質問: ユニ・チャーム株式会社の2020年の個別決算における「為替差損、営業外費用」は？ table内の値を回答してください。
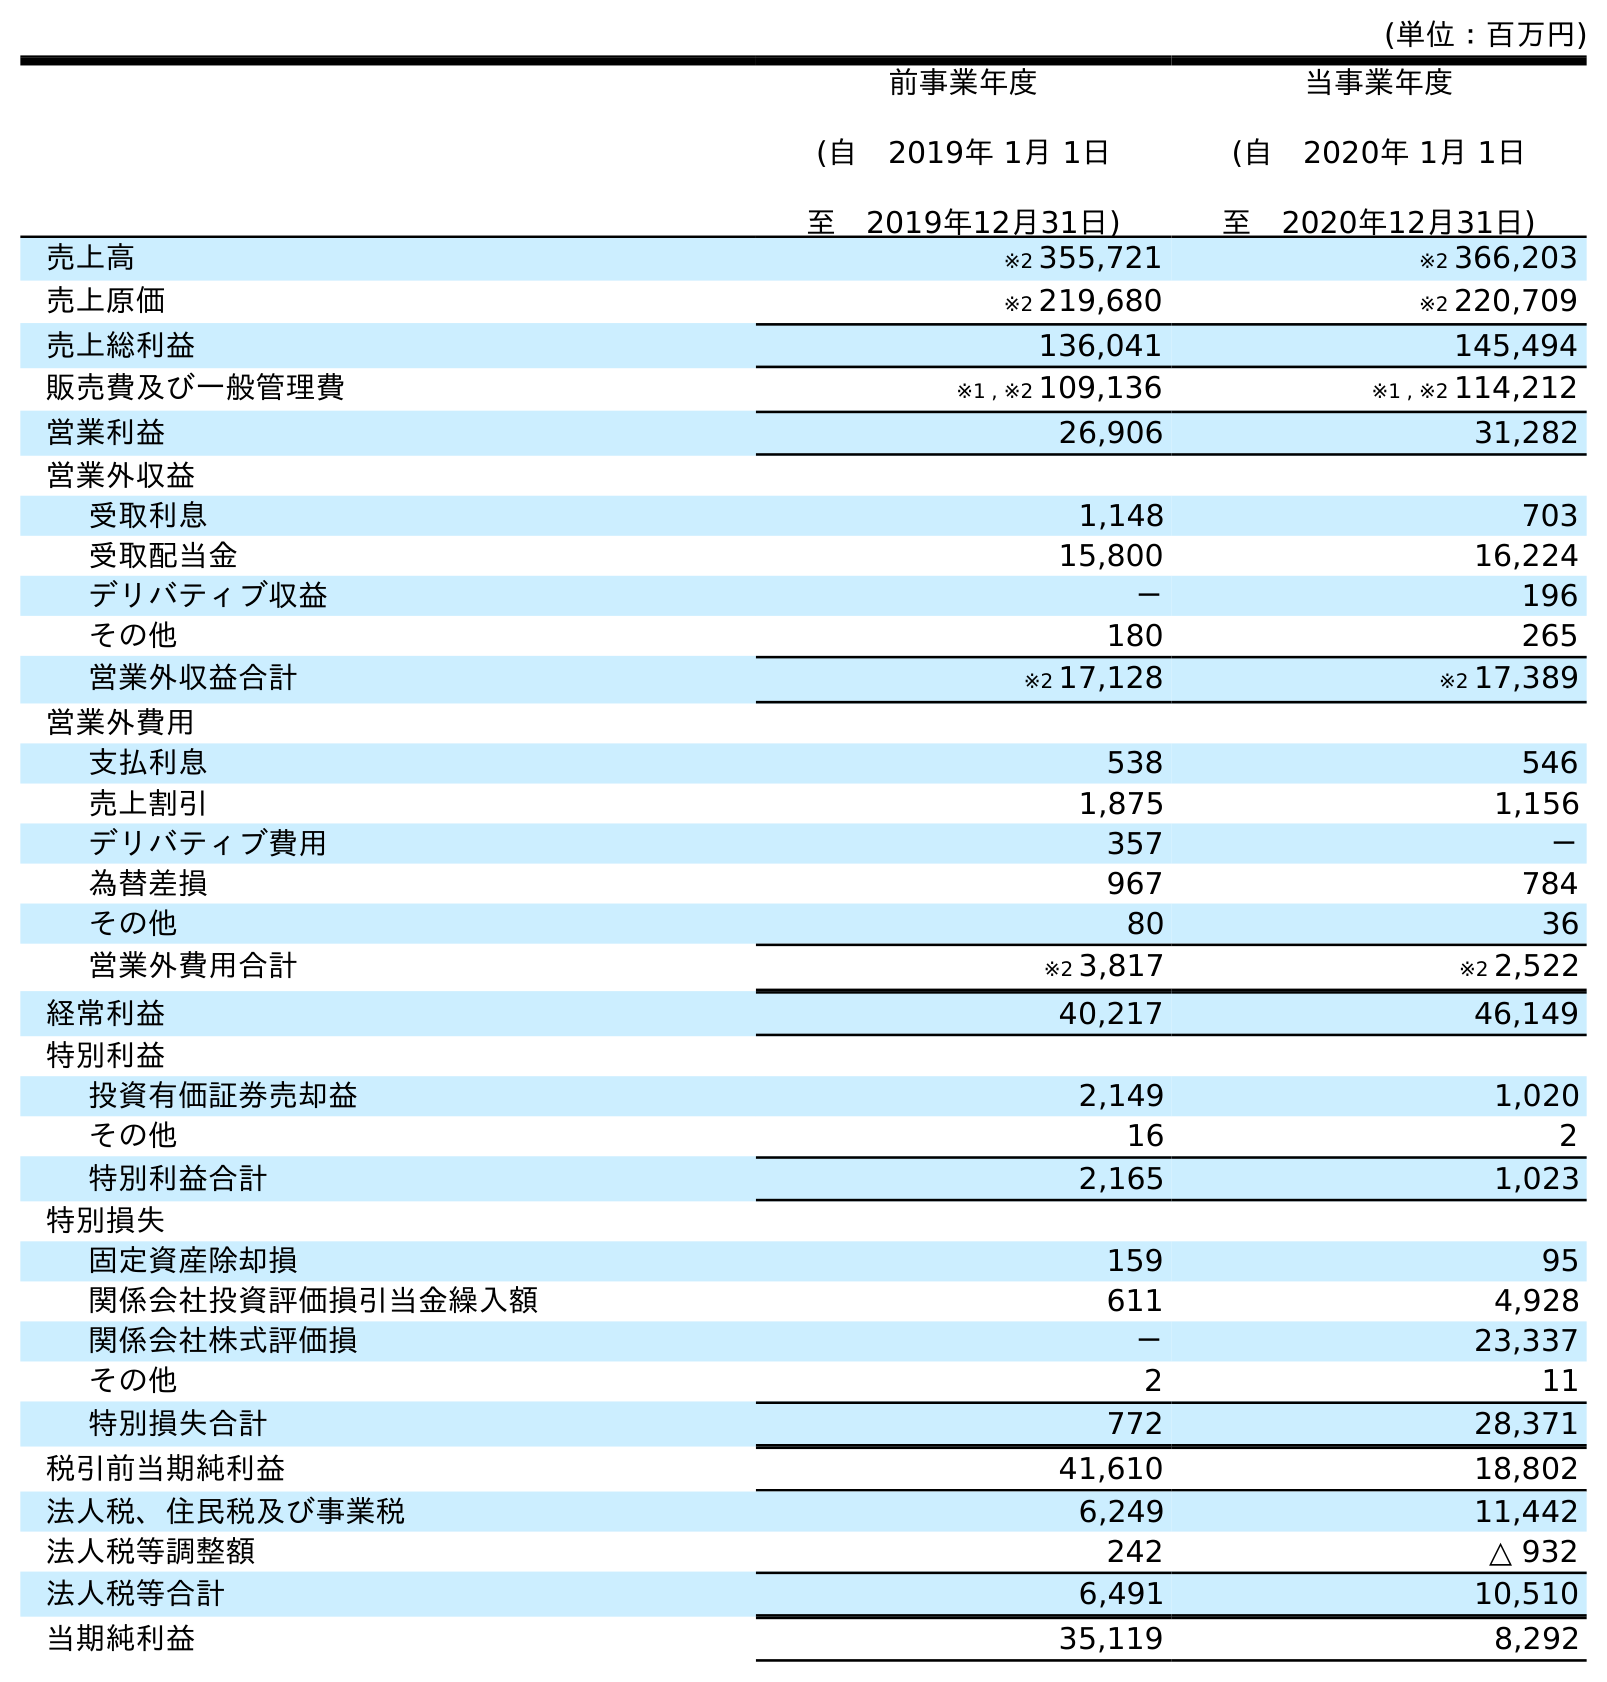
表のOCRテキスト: (単位：百万円) 前事業年度 (自 2019年 1月 1日 至 2019年12月31日) 当事業年度 (自 2020年 1月 1日 至 2020年12月31日) 売上高 ※2 355,721 ※2 366,203 売上原価 ※2 219,680 ※2 220,709 売上総利益 136,041 145,494 販売費及び一般管理費 ※1 , ※2 109,136 ※1 , ※2 114,212 営業利益 26,906 31,282 営業外収益 受取利息 1,148 703 受取配当金 15,800 16,224 デリバティブ収益 － 196 その他 180 265 営業外収益合計 ※2 17,128 ※2 17,389 営業外費用 支払利息 538 546 売上割引 1,875 1,156 デリバティブ費用 357 － 為替差損 967 784 その他 80 36 営業外費用合計 ※2 3,817 ※2 2,522 経常利益 40,217 46,149 特別利益 投資有価証券売却益 2,149 1,020 その他 16 2 特別利益合計 2,165 1,023 特別損失 固定資産除却損 159 95 関係会社投資評価損引当金繰入額 611 4,928 関係会社株式評価損 － 23,337 その他 2 11 特別損失合計 772 28,371 税引前当期純利益 41,610 18,802 法人税、住民税及び事業税 6,249 11,442 法人税等調整額 242 △ 932 法人税等合計 6,491 10,510 当期純利益 35,119 8,292
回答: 784